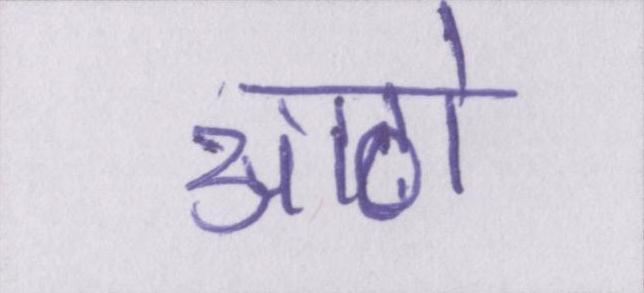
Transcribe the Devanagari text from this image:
आठो